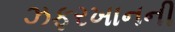
ઝફરખાનની